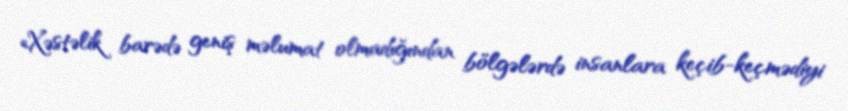
«Xəstəlik barədə geniş məlumat olmadığından bölgələrdə insanlara keçib-keçmədiyi